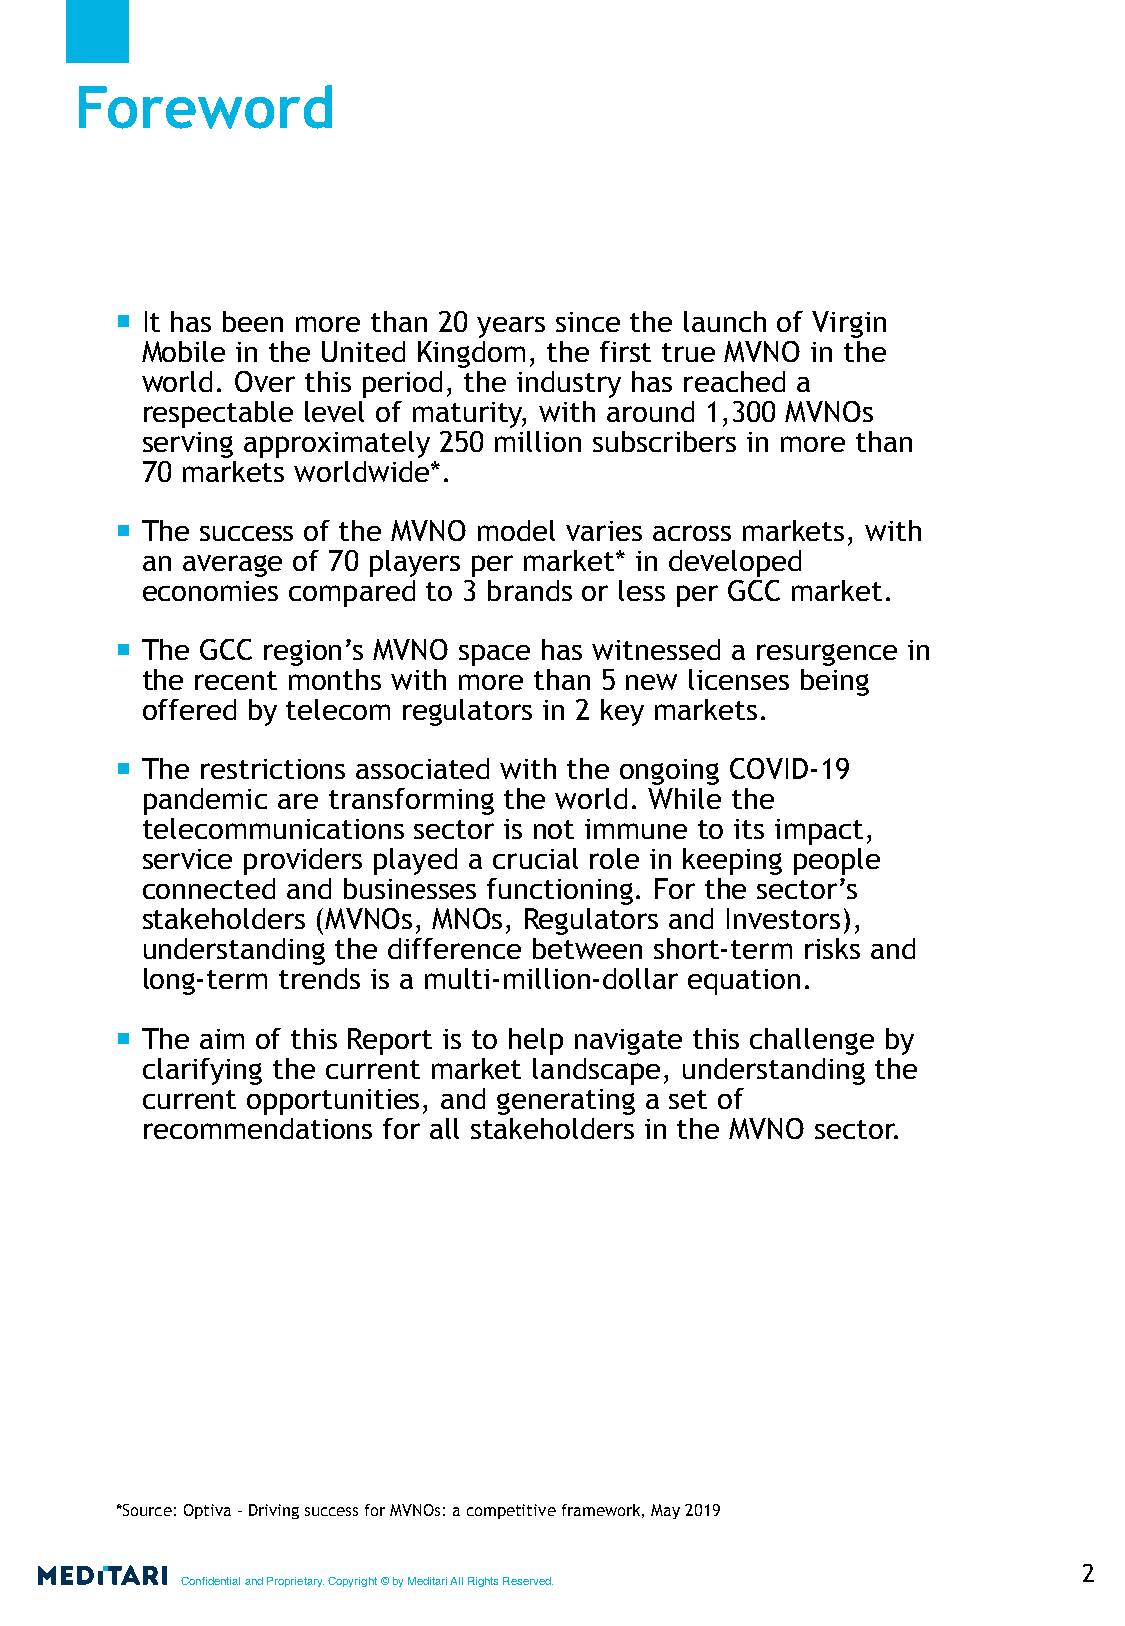
Foreword
 It has been more than 20 years since the launch of Virgin
 Mobile in the United Kingdom, the first true MVNO in the
 world. Over this period, the industry has reached a
 respectable level of maturity, with around 1,300 MVNOs
 serving approximately 250 million subscribers in more than
 70 markets worldwide*.
 The success of the MVNO model varies across markets, with
 an average of 70 players per market* in developed
 economies compared to 3 brands or less per GCC market.
 The GCC region’s MVNO space has witnessed a resurgence in
 the recent months with more than 5 new licenses being
 offered by telecom regulators in 2 key markets.
 The restrictions associated with the ongoing COVID-19
 pandemic are transforming the world. While the
 telecommunications sector is not immune to its impact,
 service providers played a crucial role in keeping people
 connected and businesses functioning. For the sector’s
 stakeholders (MVNOs, MNOs, Regulators and Investors),
 understanding the difference between short-term risks and
 long-term trends is a multi-million-dollar equation.
 The aim of this Report is to help navigate this challenge by
 clarifying the current market landscape, understanding the
 current opportunities, and generating a set of
 recommendations for all stakeholders in the MVNO sector.
 *Source: Optiva - Driving success for MVNOs: a competitive framework, May 2019
 2
 Confidential and Proprietary. Copyright © by Meditari All Rights Reserved.